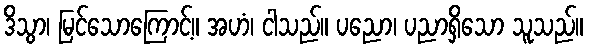
ဒိသွာ၊ မြင်သောကြောင့်။ အဟံ၊ ငါသည်။ ပညော၊ ပညာရှိသော သူသည်။